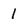
Character: 1